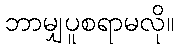
ဘာမျှပူစရာမလို။